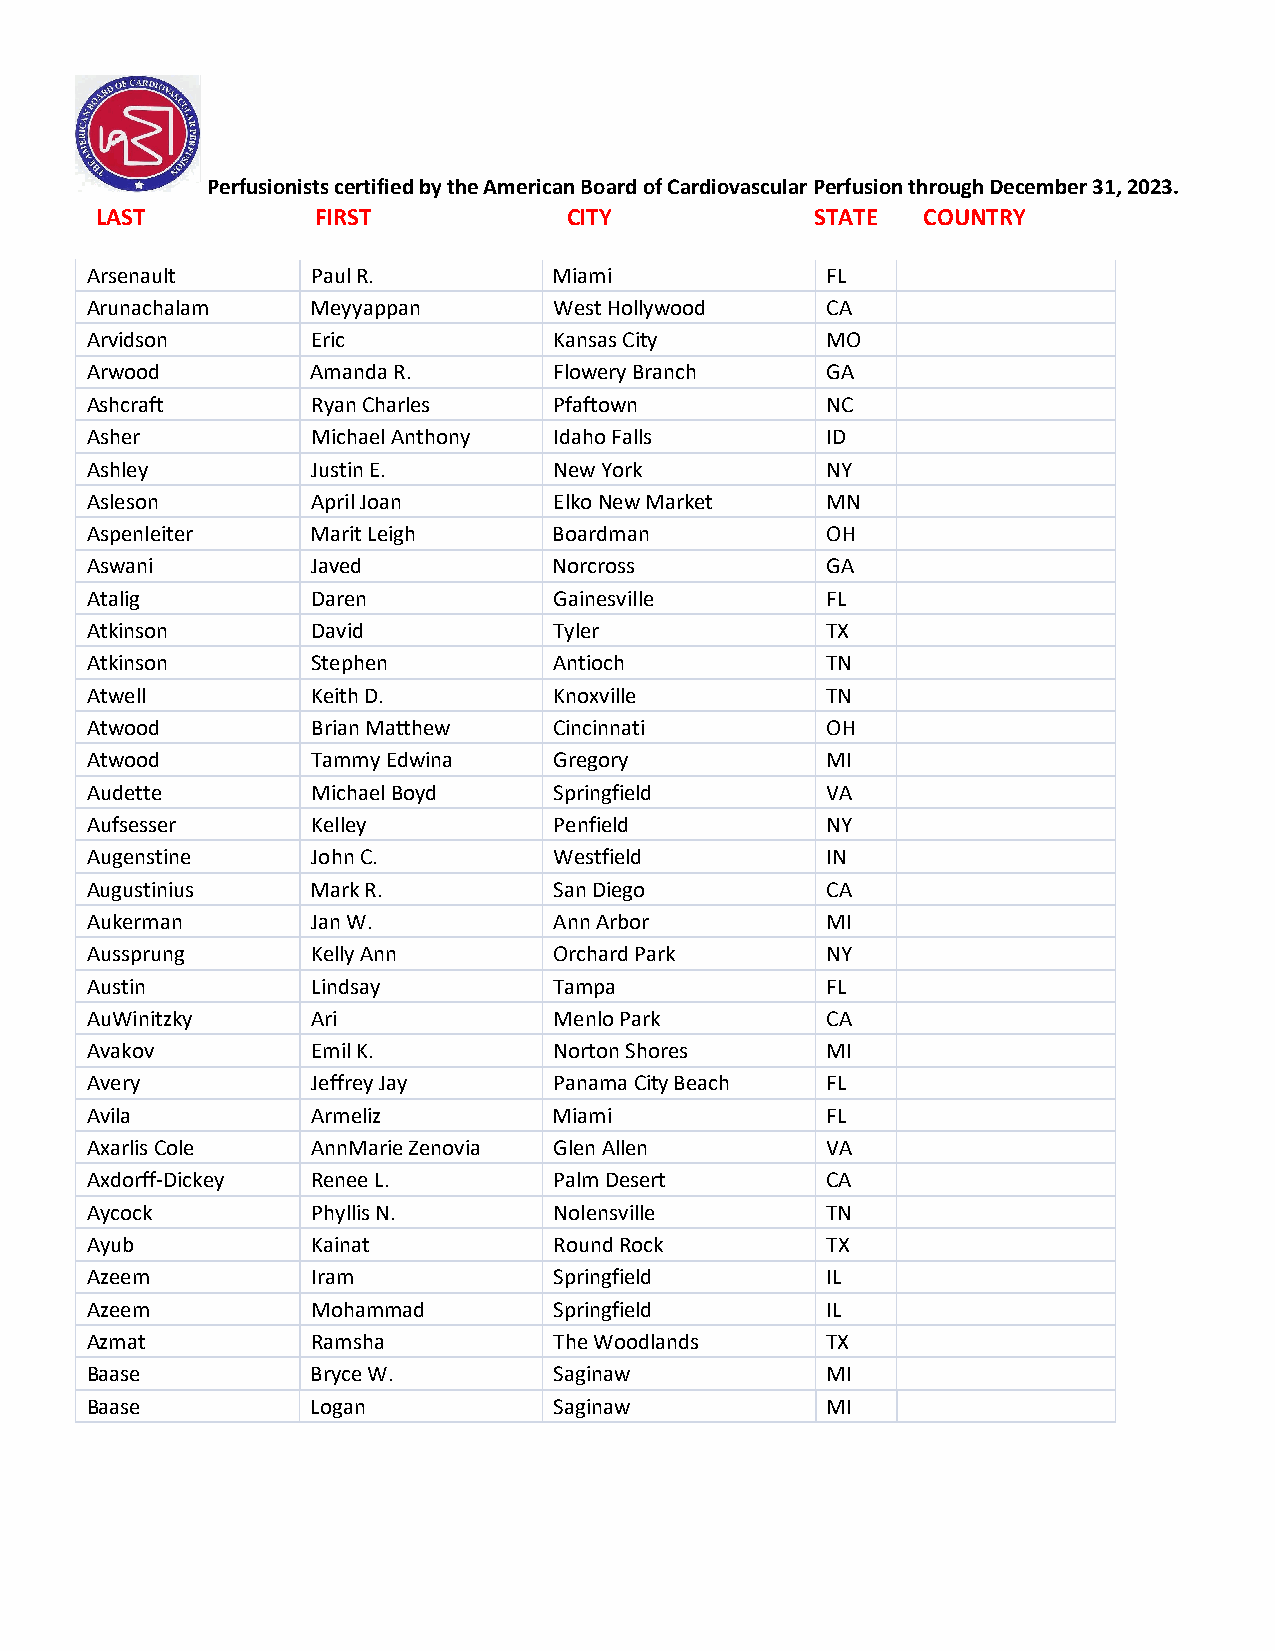
Perfusionists certified by the American Board of Cardiovascular Perfusion through December 31, 2023.
 LAST           FIRST            CITY            STATE  COUNTRY
 Arsenault      Paul R.         Miami             FL
 Arunachalam    Meyyappan       West Hollywood    CA
 Arvidson       Eric            Kansas City       MO
 Arwood         Amanda R.       Flowery Branch    GA
 Ashcraft       Ryan Charles    Pfaftown          NC
 Asher          Michael Anthony Idaho Falls       ID
 Ashley         Justin E.       New York          NY
 Asleson        April Joan      Elko New Market   MN
 Aspenleiter    Marit Leigh     Boardman          OH
 Aswani         Javed           Norcross          GA
 Atalig         Daren           Gainesville       FL
 Atkinson       David           Tyler             TX
 Atkinson       Stephen         Antioch           TN
 Atwell         Keith D.        Knoxville         TN
 Atwood         Brian Matthew   Cincinnati        OH
 Atwood         Tammy Edwina    Gregory           MI
 Audette        Michael Boyd    Springfield       VA
 Aufsesser      Kelley          Penfield          NY
 Augenstine     John C.         Westfield         IN
 Augustinius    Mark R.         San Diego         CA
 Aukerman       Jan W.          Ann Arbor         MI
 Aussprung      Kelly Ann       Orchard Park      NY
 Austin         Lindsay         Tampa             FL
 AuWinitzky     Ari             Menlo Park        CA
 Avakov         Emil K.         Norton Shores     MI
 Avery          Jeffrey Jay     Panama City Beach FL
 Avila          Armeliz         Miami             FL
 Axarlis Cole   AnnMarie Zenovia Glen Allen       VA
 Axdorff-Dickey Renee L.        Palm Desert       CA
 Aycock         Phyllis N.      Nolensville       TN
 Ayub           Kainat          Round Rock        TX
 Azeem          Iram            Springfield       IL
 Azeem          Mohammad        Springfield       IL
 Azmat          Ramsha          The Woodlands     TX
 Baase          Bryce W.        Saginaw           MI
 Baase          Logan           Saginaw           MI